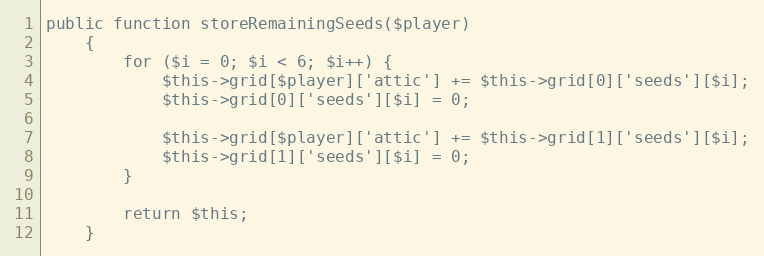
Language: PHP
public function storeRemainingSeeds($player)
    {
        for ($i = 0; $i < 6; $i++) {
            $this->grid[$player]['attic'] += $this->grid[0]['seeds'][$i];
            $this->grid[0]['seeds'][$i] = 0;

            $this->grid[$player]['attic'] += $this->grid[1]['seeds'][$i];
            $this->grid[1]['seeds'][$i] = 0;
        }

        return $this;
    }